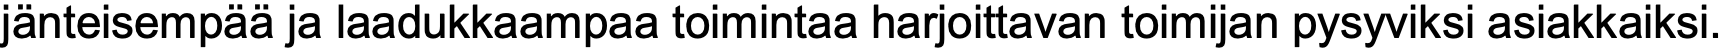
jänteisempää ja laadukkaampaa toimintaa harjoittavan toimijan pysyviksi asiakkaiksi.